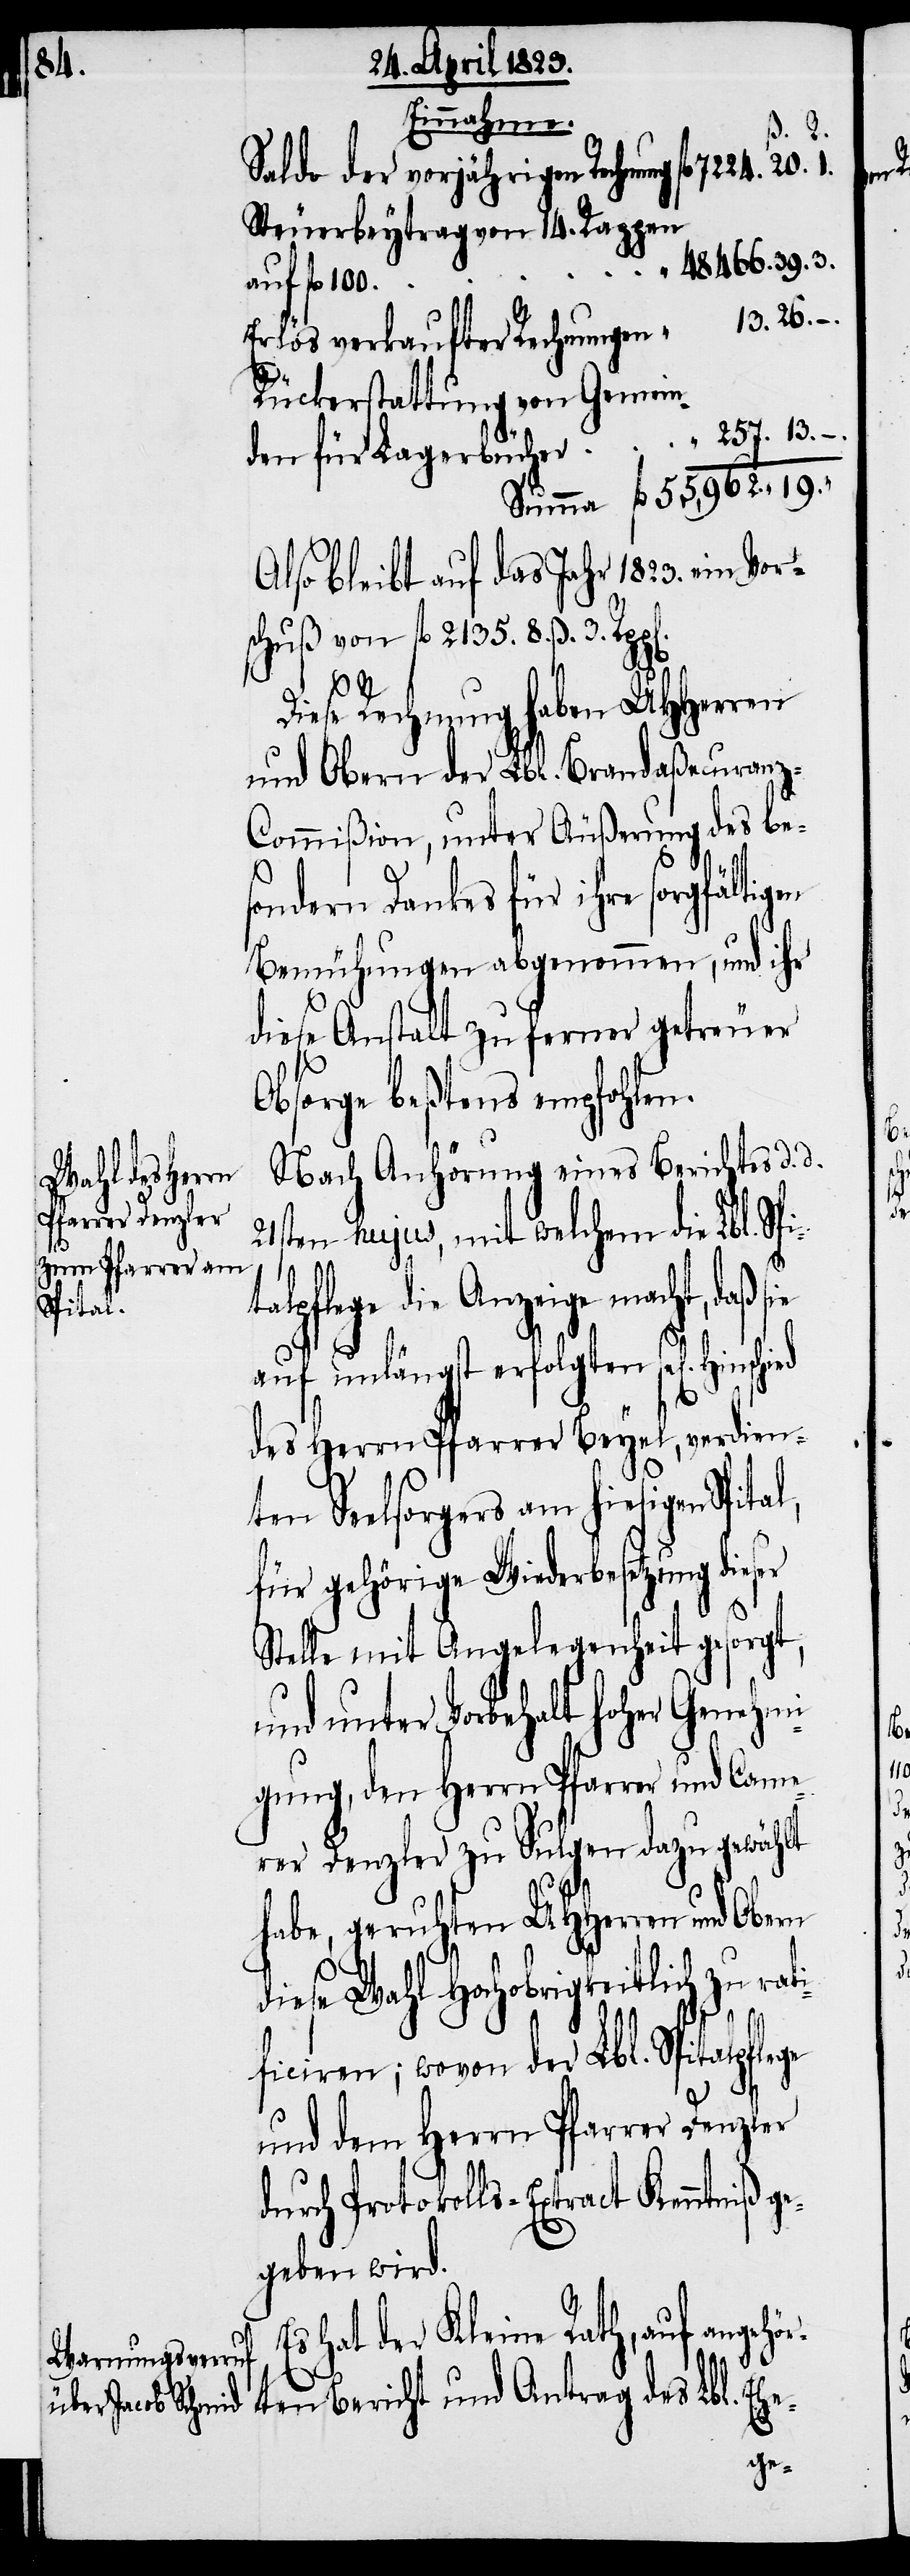
39.

„
Spital,

Einnahme.
ß. 3.
Saldo der vorjährigen Rechnung
Steuerbeytrag von 14. Rappen
auf fl. 100.
Erlös verkaufter Rechnungen
Rückerstattung von Gemein¬
Also bleibt auf das Jahr 1823. ein Vor¬
schuß von fl. 2135. 8.
Diese Rechnung haben UHHerren
und Obern der Lbl. Brandaßecuran¬
z-Commißion, unter Äußerung des be¬
sondern Dankes für ihre sorgfälti¬
Bemühungen abgenommen, und ihr
diese Anstalt zu ferner getreuer
Obsorge beßtens empfohlen.
Nach Anhörung eines Berichtes d. d.
21sten hujus, mit welchem die Lbl. Sp¬
19.
talpflege die Anzeige macht, daß s¬
auf unlängst erfolgten sel[igen]
des Herrn Pfarrer Beyel, verdien¬
ten Seelsorgers am hiesigen
für gehörige Wiederbesetzung dieser
Stelle mit Angelegenheit gesorgt,
und unter Vorbehalt hoher Genehmi¬
gung, den Herrn Pfarrer und Came¬
rer Denzler zu Sulgen dazu gewählt
3.
habe, geruhten UHHerren und Obern
diese Wahl Hochobrigkeitlich zu
ficiren; wovon der Lbl. Spitalpfle¬
und dem Herrn Pfarrer Denzler
durch Protokolls-Extract Kenntniß ge¬
geben wird.
Es hat der Kleine Rath, auf angehö¬
rten Bericht und Antrag des Lbl.
Ehe-
ge¬

n